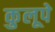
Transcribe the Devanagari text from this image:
कुलूपे